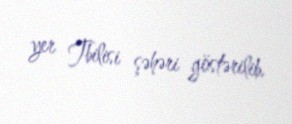
yer Tbilisi şəhəri göstərilib.